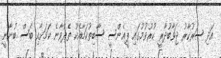
އަދި ސަރުކާރު ޖަވާބުދާރީ ކުރުވުމުގައި ޕީޢެންސީ ސާބިތުކަމާއެކު ތެދުވާނެ ކަމަށާއި ބަސް ބުނާނީ